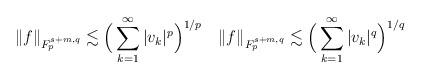
LaTeX: \begin{align*}\Vert f\Vert_{F_{p}^{s+m,q}}\lesssim \Big( \sum_{k=1}^{\infty}{|v_k|^{p}}\Big)^{1/p} \quad\Vert f\Vert_{F_{p}^{s+m,q}}\lesssim \Big( \sum_{k=1}^{\infty}{|v_k|^{q}}\Big)^{1/q} \end{align*}